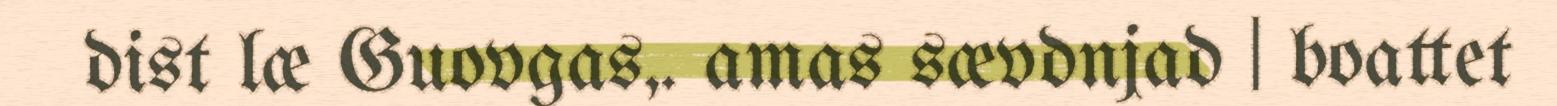
dist læ Guovgas,. amas sævdnjad | boattet